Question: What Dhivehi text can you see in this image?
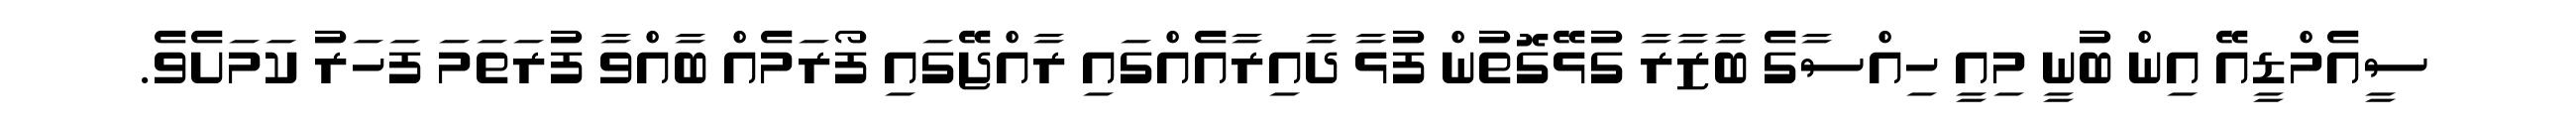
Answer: ސީއެމްޑީއޭ އިން ބުނީ މިއީ ހިއްސާގެ ބާޒާރާ ގުޅޭގޮތުން ފުޅާ ދާއިރާއެއްގައި ރާއްޖޭގައި ފޯރަމެއް ބާއްވާ ފުރަތަމަ ފަހަރު ކަމަށެވެ.